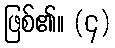
ဖြစ်၏။ (၄)